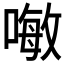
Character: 𠽊